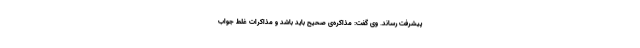
پیشرفت رساند. وی گفت: مذاکره‌ی صحیح باید باشد و مذاکرات غلط جواب